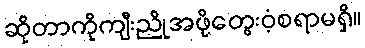
ဆိုတာကိုကျီးညိုအဖို့တွေးဝံ့စရာမရှိ။